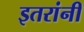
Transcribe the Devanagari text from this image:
इतरांनीं